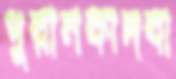
পুরানকাদবা